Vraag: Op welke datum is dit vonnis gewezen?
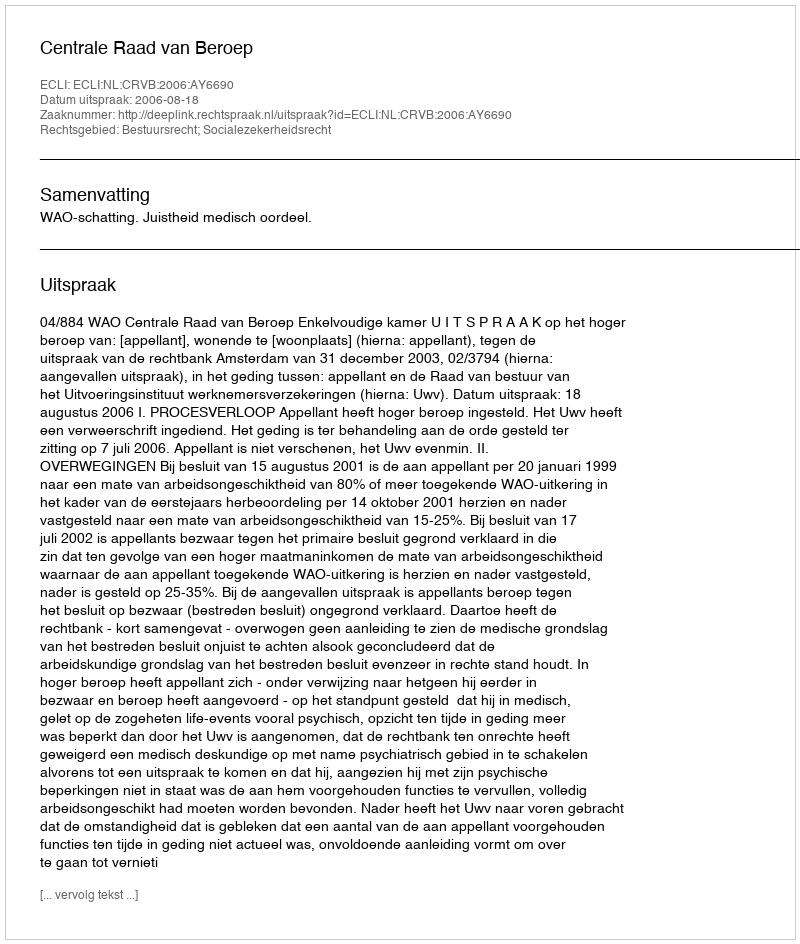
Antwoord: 2006-08-18